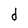
Character: d